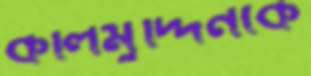
কলিমুদ্দিনকে